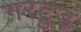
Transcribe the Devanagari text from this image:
गरट्रुड